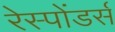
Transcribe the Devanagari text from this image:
रेस्पोंडर्स